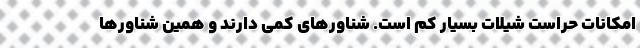
امکانات حراست شیلات بسیار کم است. شناور‌های کمی دارند و همین شناور‌ها